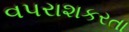
વપરાશકરતા